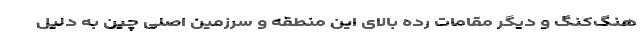
هنگ‌کنگ و دیگر مقامات رده بالای این منطقه و سرزمین اصلی چین به دلیل